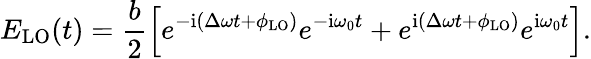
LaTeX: E_{\mathrm{{LO}}}(t)=\frac{b}{2}\left[e^{-\mathrm{{i}}(\Delta\omega t+\phi_{\mathrm{LO}})}e^{-\mathrm{{i}}\omega_{0}t}+e^{\mathrm{{i}}(\Delta\omega t+\phi_{\mathrm{LO}})}e^{\mathrm{{i}}\omega_{0}t}\right].